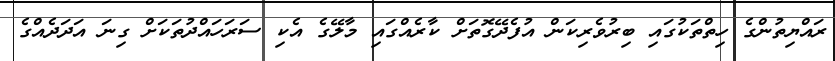
ރައްޔިތުންގެ ހިތްތަކުގައި ބިރުވެރިކަން އުފެދޭގޮތަށް ކާރެއްގައި މާލޭގެ އެކި ސަރަހައްދުތަކަށް ގިނަ އަދަދެއްގެ